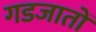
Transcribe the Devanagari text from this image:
गडजातों